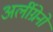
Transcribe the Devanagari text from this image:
अर्लीग्रेनो